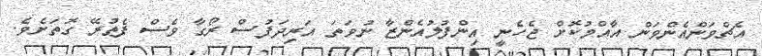
އެޗްވަންއެންވަން އާއްމުކޮށް ޖެހެނީ އިންފުލުއެންޒާ ނުވަތަ އަރިދަފުސް ރޯގާ ވެސް ފެތުރޭ ގޮތަށެވެ.